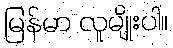
မြန်မာ လူမျိုးပါ။